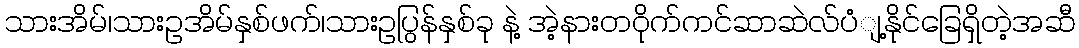
သားအိမ်၊သားဥအိမ်နှစ်ဖက်၊သားဥပြွန်နှစ်ခု နဲ့ အဲ့နားတဝိုက်ကင်ဆာဆဲလ်ပံျ့နိုင်ခြေရှိတဲ့အဆီ